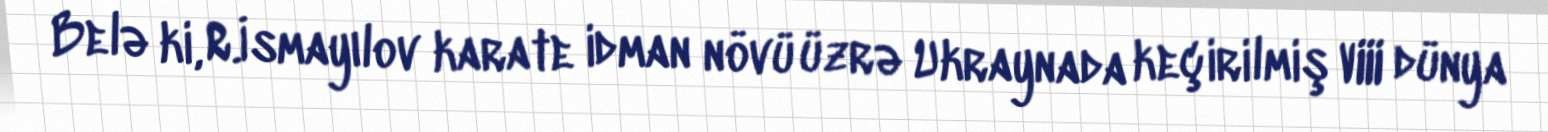
Belə ki, R.İsmayılov karate idman növü üzrə Ukraynada keçirilmiş VIII dünya